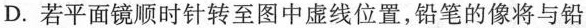
D.若平面镜顺时针转至图中虚线位置，铅笔的像将与铅